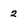
Character: 2